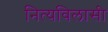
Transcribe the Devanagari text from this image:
नित्यविलासी